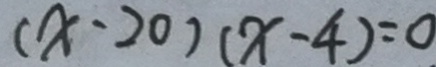
( x - 2 0 ) ( x - 4 ) = 0